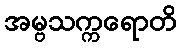
အမ္ဗသက္ကရောတိ